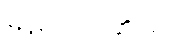
မြန်မာပြည်ဆိုင်ရာ